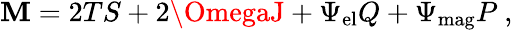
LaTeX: \mathbf{M}=2TS+2\OmegaJ+\Psi_{\mathrm{{el}}}Q+\Psi_{\mathrm{{mag}}}P\ ,